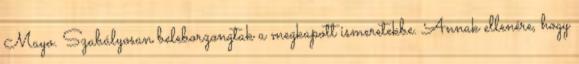
Mayo. Szabályosan beleborzongtak a megkapott ismeretekbe. Annak ellenére, hogy